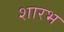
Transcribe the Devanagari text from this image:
शारभ